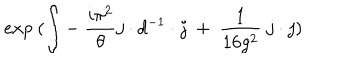
e x p ~ ( \int - ~ { \frac { i \pi ^ { 2 } } { \theta } } j \cdot d ^ { - 1 } \cdot j { } ~ + ~ { \frac { 1 } { 1 6 g ^ { 2 } } } ~ j \cdot j )